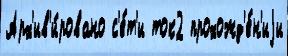
Арх'ив'и́ровано с'е́т'и ток2 прохожд'е́н'иjи